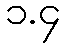
၁.၄